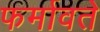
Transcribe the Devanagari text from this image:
फर्मावते